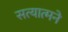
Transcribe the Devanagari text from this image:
सत्यात्मने